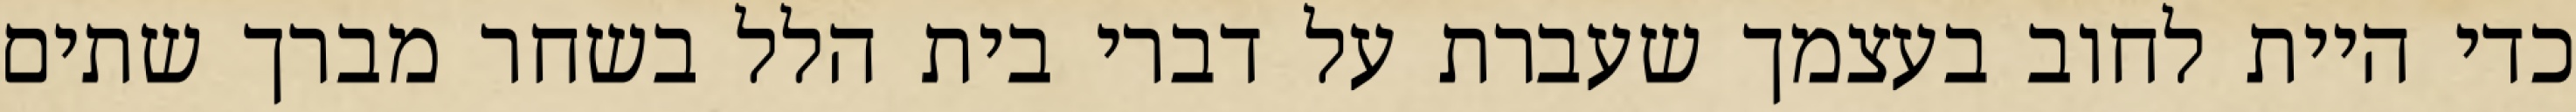
כדי היית לחוב בעצמך שעברת על דברי בית הלל בשחר מברך שתים